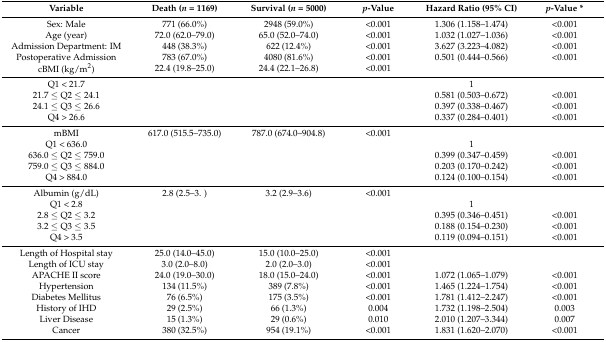
<table><thead><tr><td><b>Variable</b></td><td><b>Death (<i>n</i> = 1169)</b></td><td><b>Survival (<i>n</i> = 5000)</b></td><td><b><i>p</i>-Value</b></td><td><b>Hazard Ratio (95% CI)</b></td><td><b><i>p</i>-Value *</b></td></tr></thead><tbody><tr><td>Sex: Male</td><td>771 (66.0%)</td><td>2948 (59.0%)</td><td>&lt;0.001</td><td>1.306 (1.158–1.474)</td><td>&lt;0.001</td></tr><tr><td>Age (year)</td><td>72.0 (62.0–79.0)</td><td>65.0 (52.0–74.0)</td><td>&lt;0.001</td><td>1.032 (1.027–1.036)</td><td>&lt;0.001</td></tr><tr><td>Admission Department: IM</td><td>448 (38.3%)</td><td>622 (12.4%)</td><td>&lt;0.001</td><td>3.627 (3.223–4.082)</td><td>&lt;0.001</td></tr><tr><td>Postoperative Admission</td><td>783 (67.0%)</td><td>4080 (81.6%)</td><td>&lt;0.001</td><td>0.501 (0.444–0.566)</td><td>&lt;0.001</td></tr><tr><td>cBMI (kg/m<sup>2</sup>)</td><td>22.4 (19.8–25.0)</td><td>24.4 (22.1–26.8)</td><td>&lt;0.001</td><td></td><td></td></tr><tr><td>Q1 &lt; 21.7</td><td></td><td></td><td></td><td>1</td><td></td></tr><tr><td>21.7 ≤ Q2 ≤ 24.1</td><td></td><td></td><td></td><td>0.581 (0.503–0.672)</td><td>&lt;0.001</td></tr><tr><td>24.1 ≤ Q3 ≤ 26.6</td><td></td><td></td><td></td><td>0.397 (0.338–0.467)</td><td>&lt;0.001</td></tr><tr><td>Q4 &gt; 26.6</td><td></td><td></td><td></td><td>0.337 (0.284–0.401)</td><td>&lt;0.001</td></tr><tr><td>mBMI</td><td>617.0 (515.5–735.0)</td><td>787.0 (674.0–904.8)</td><td>&lt;0.001</td><td></td><td></td></tr><tr><td>Q1 &lt; 636.0</td><td></td><td></td><td></td><td>1</td><td></td></tr><tr><td>636.0 ≤ Q2 ≤ 759.0</td><td></td><td></td><td></td><td>0.399 (0.347–0.459)</td><td>&lt;0.001</td></tr><tr><td>759.0 ≤ Q3 ≤ 884.0</td><td></td><td></td><td></td><td>0.203 (0.170–0.242)</td><td>&lt;0.001</td></tr><tr><td>Q4 &gt; 884.0</td><td></td><td></td><td></td><td>0.124 (0.100–0.154)</td><td>&lt;0.001</td></tr><tr><td>Albumin (g/dL)</td><td>2.8 (2.5–3. )</td><td>3.2 (2.9–3.6)</td><td>&lt;0.001</td><td></td><td></td></tr><tr><td>Q1 &lt; 2.8</td><td></td><td></td><td></td><td>1</td><td></td></tr><tr><td>2.8 ≤ Q2 ≤ 3.2</td><td></td><td></td><td></td><td>0.395 (0.346–0.451)</td><td>&lt;0.001</td></tr><tr><td>3.2 ≤ Q3 ≤ 3.5</td><td></td><td></td><td></td><td>0.188 (0.154–0.230)</td><td>&lt;0.001</td></tr><tr><td>Q4 &gt; 3.5</td><td></td><td></td><td></td><td>0.119 (0.094–0.151)</td><td>&lt;0.001</td></tr><tr><td>Length of Hospital stay</td><td>25.0 (14.0–45.0)</td><td>15.0 (10.0–25.0)</td><td>&lt;0.001</td><td></td><td></td></tr><tr><td>Length of ICU stay</td><td>3.0 (2.0–8.0)</td><td>2.0 (2.0–3.0)</td><td>&lt;0.001</td><td></td><td></td></tr><tr><td>APACHE II score</td><td>24.0 (19.0–30.0)</td><td>18.0 (15.0–24.0)</td><td>&lt;0.001</td><td>1.072 (1.065–1.079)</td><td>&lt;0.001</td></tr><tr><td>Hypertension</td><td>134 (11.5%)</td><td>389 (7.8%)</td><td>&lt;0.001</td><td>1.465 (1.224–1.754)</td><td>&lt;0.001</td></tr><tr><td>Diabetes Mellitus</td><td>76 (6.5%)</td><td>175 (3.5%)</td><td>&lt;0.001</td><td>1.781 (1.412–2.247)</td><td>&lt;0.001</td></tr><tr><td>History of IHD</td><td>29 (2.5%)</td><td>66 (1.3%)</td><td>0.004</td><td>1.732 (1.198–2.504)</td><td>0.003</td></tr><tr><td>Liver Disease</td><td>15 (1.3%)</td><td>29 (0.6%)</td><td>0.010</td><td>2.010 (1.207–3.344)</td><td>0.007</td></tr><tr><td>Cancer</td><td>380 (32.5%)</td><td>954 (19.1%)</td><td>&lt;0.001</td><td>1.831 (1.620–2.070)</td><td>&lt;0.001</td></tr></tbody></table>